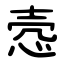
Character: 悫